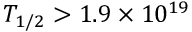
T _ { 1 / 2 } > 1 . 9 \times 1 0 ^ { 1 9 }